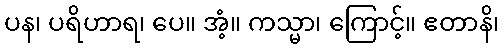
ပန၊ ပရိဟာရ၊ ပေ။ အံ့။ ကသ္မာ၊ ကြောင့်။ ဧတာနိ၊